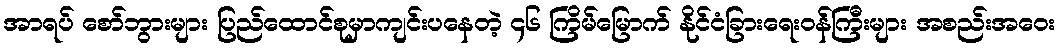
အာရပ် စော်ဘွားများ ပြည်ထောင်စုမှာကျင်းပနေတဲ့ ၄၆ ကြိမ်မြောက် နိုင်ငံခြားရေးဝန်ကြီးများ အစည်းအဝေး